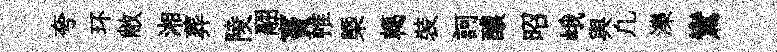
夸环敝湘葬陵翮竇帷㮣轕裝訶醲昭峨舆凢濼鸞